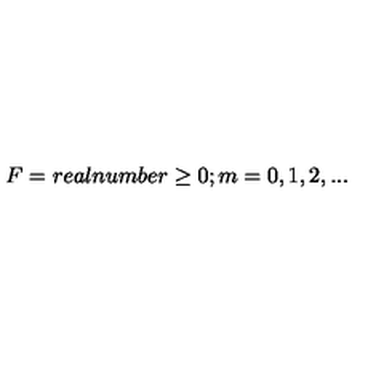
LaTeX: F = r e a l n u m b e r \geq 0 ; m = 0 , 1 , 2 , . . .